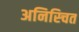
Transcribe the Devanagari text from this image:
अनिस्चित